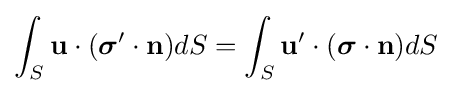
\int _{S}\mathbf {u} \cdot ({\boldsymbol {\sigma }}'\cdot \mathbf {n} )dS=\int _{S}\mathbf {u} '\cdot ({\boldsymbol {\sigma }}\cdot \mathbf {n} )dS